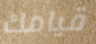
قيامك